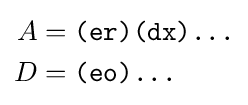
{\begin{aligned}A&={\texttt {(er)(dx)...}}\\D&={\texttt {(eo)...}}\\\end{aligned}}